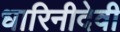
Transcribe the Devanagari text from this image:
धारिनीदेवी